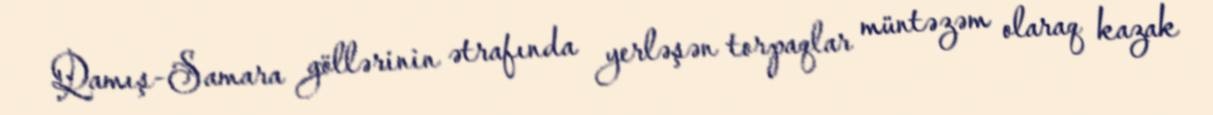
Qamış-Samara göllərinin ətrafında yerləşən torpaqlar müntəzəm olaraq kazak